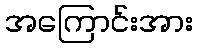
အကြောင်းအား